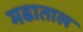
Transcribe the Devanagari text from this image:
मढाताल